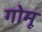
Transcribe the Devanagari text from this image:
गोमू